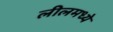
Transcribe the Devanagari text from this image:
लीलमध्ये